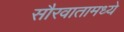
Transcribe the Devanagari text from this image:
सौरवातामध्ये